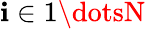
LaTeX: \mathbf{i}\in1\dotsN